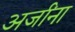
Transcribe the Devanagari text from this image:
अर्जांना